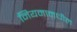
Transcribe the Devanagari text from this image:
नियमामधील